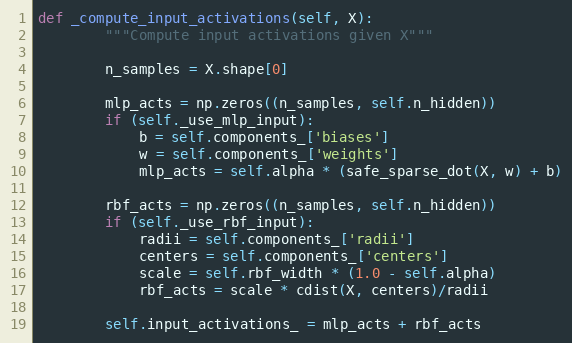
Language: Python
def _compute_input_activations(self, X):
        """Compute input activations given X"""

        n_samples = X.shape[0]

        mlp_acts = np.zeros((n_samples, self.n_hidden))
        if (self._use_mlp_input):
            b = self.components_['biases']
            w = self.components_['weights']
            mlp_acts = self.alpha * (safe_sparse_dot(X, w) + b)

        rbf_acts = np.zeros((n_samples, self.n_hidden))
        if (self._use_rbf_input):
            radii = self.components_['radii']
            centers = self.components_['centers']
            scale = self.rbf_width * (1.0 - self.alpha)
            rbf_acts = scale * cdist(X, centers)/radii

        self.input_activations_ = mlp_acts + rbf_acts